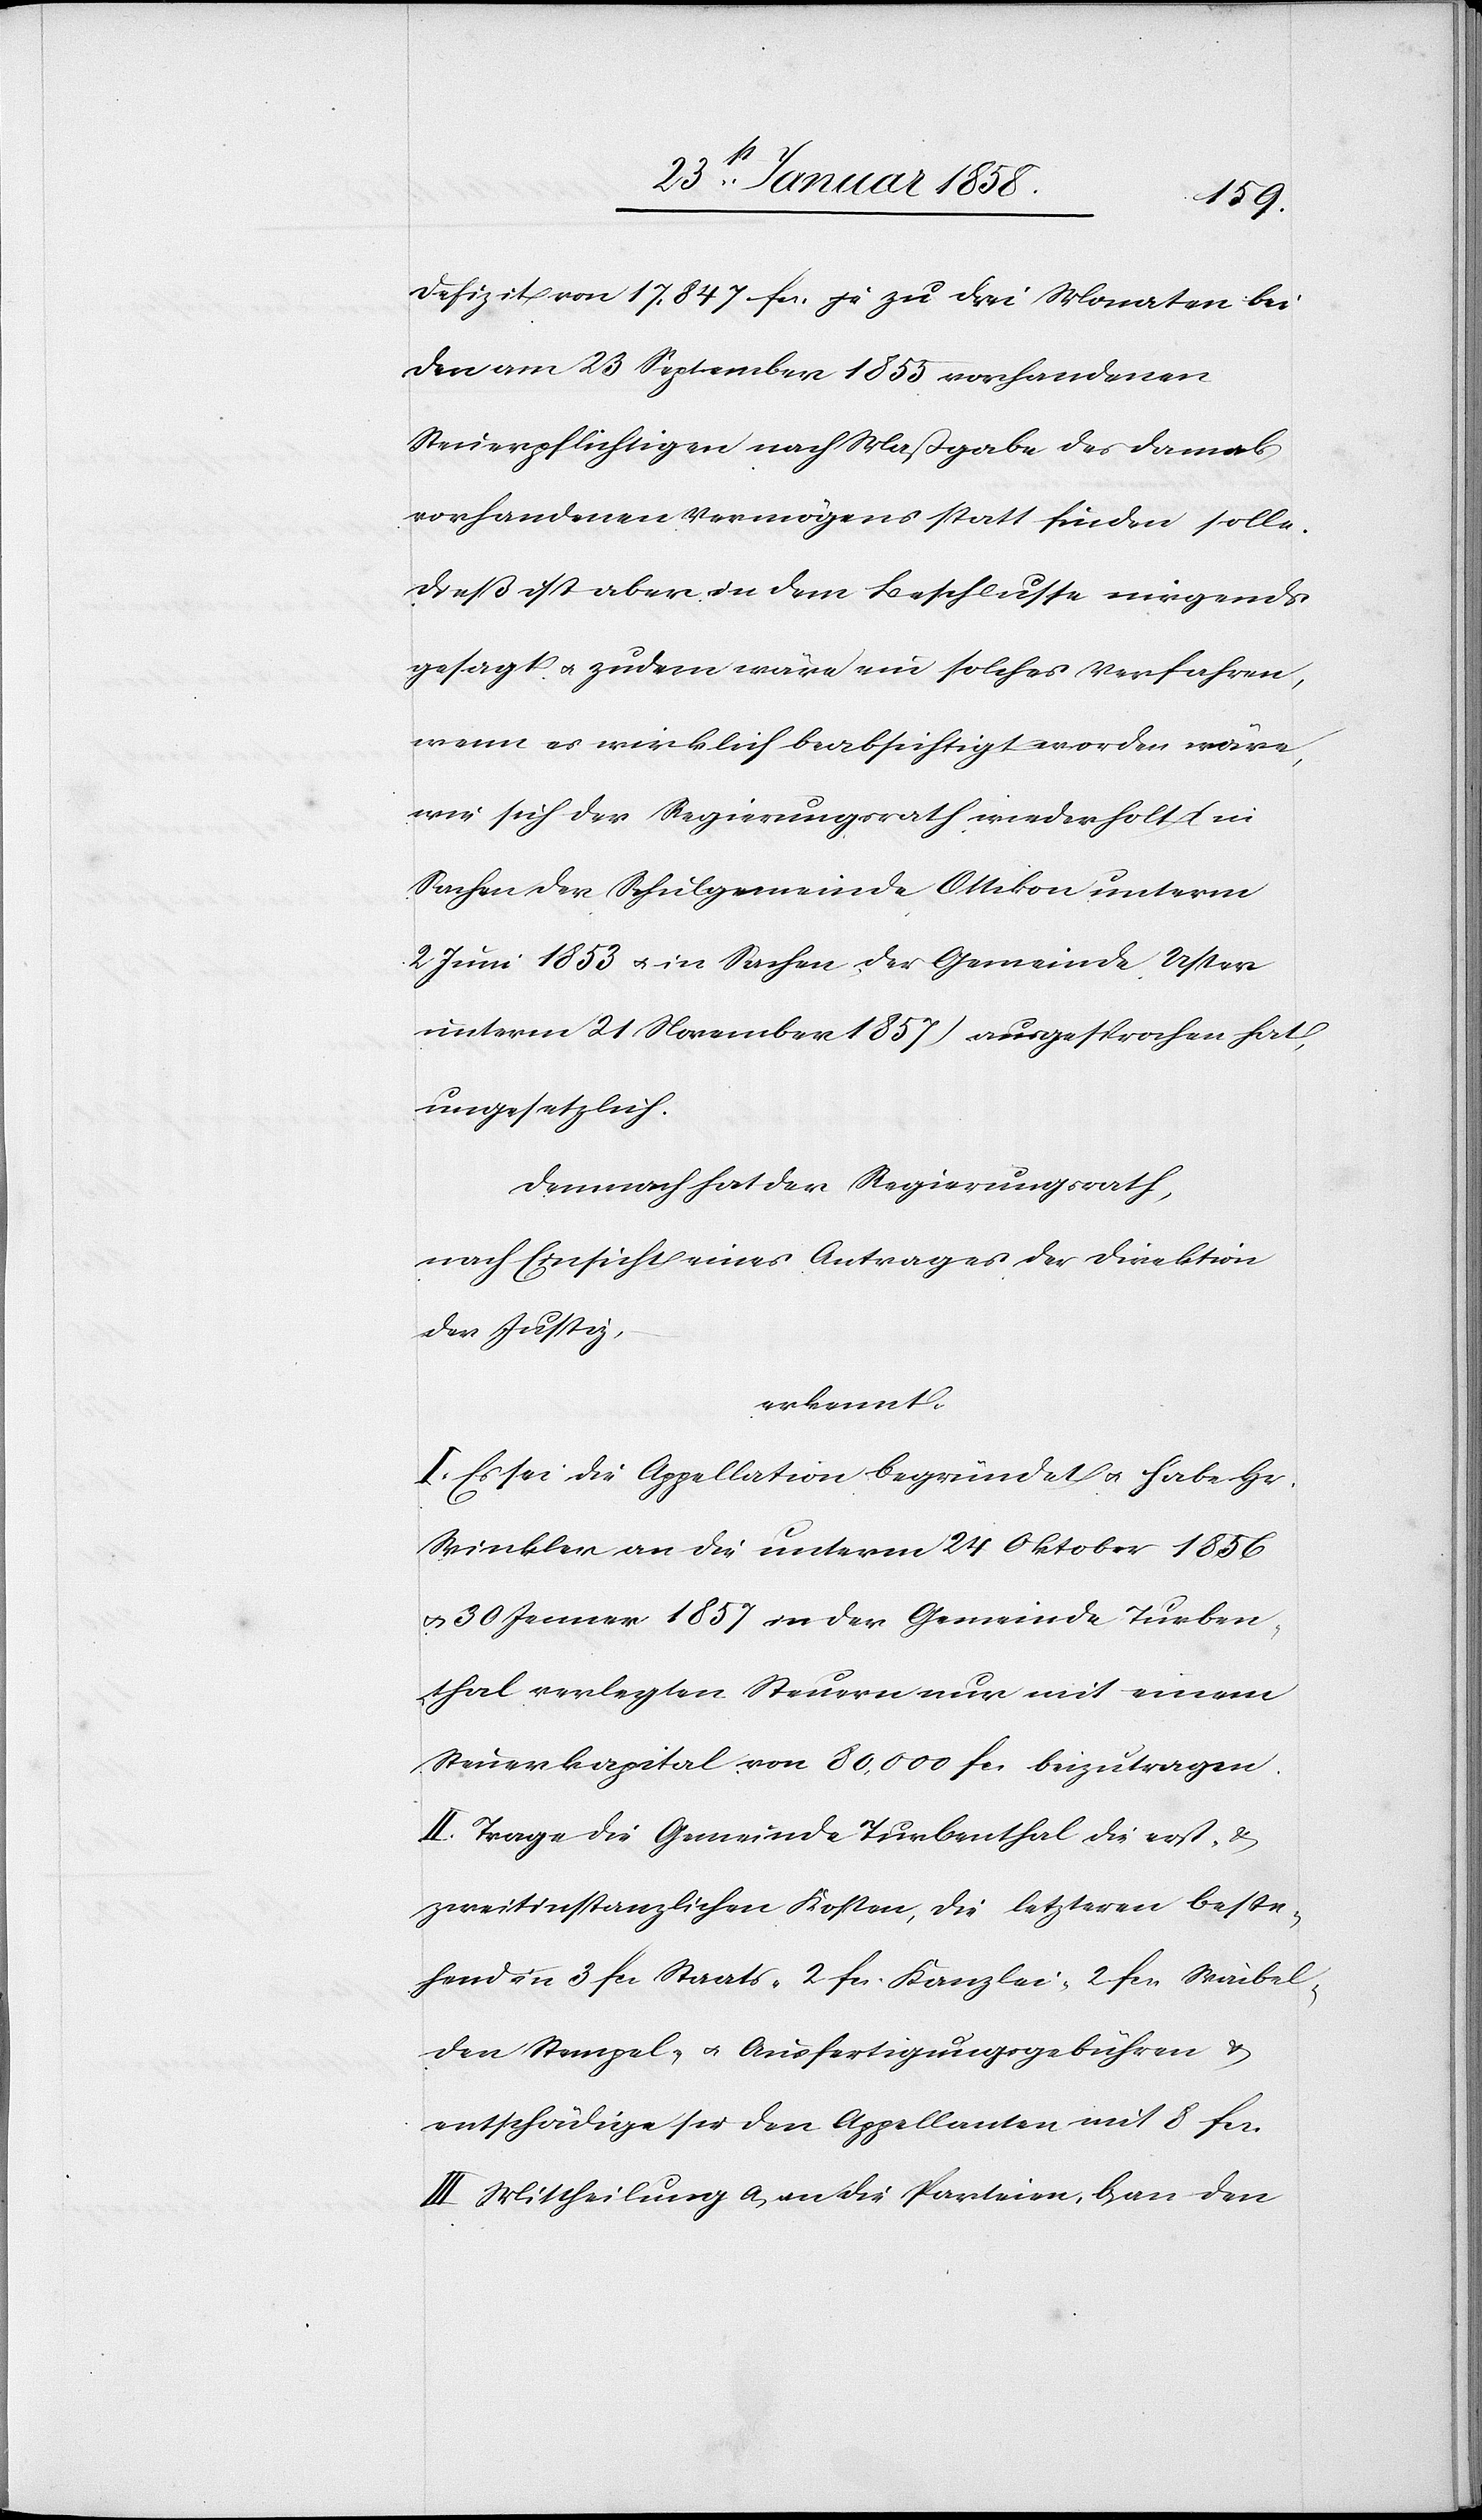
Defizit von 17,847 fcs. je zu drei Monaten bei
den am 23 September 1855 vorhandenen
Steuerpflichtigen nach Maßgabe des damals
vorhandenen Vermögens statt finden solle.
Dieß ist aber in dem Beschlusse nirgends
gesagt u. zudem wäre ein solches Verfahren,
wenn es wirklich beabsichtigt worden wäre,
wie sich der Regierungsrath wiederholt (in
Sachen der Schulgemeinde Ottikon unterm
2 Juni 1853 u. in Sachen der Gemeinde Uster
unterm 21 November 1857) ausgesprochen hat,
ungesetzlich.
Demnach hat der Regierungsrath,
nach Einsicht eines Antrages der Direktion
der Justiz,
erkennt:
I. Es sei die Appellation begründet u. habe Hr.
Winkler an die unterm 24 Oktober 1856
u. 30 Jenner 1857 in der Gemeinde Turben¬
thal verlegten Steuern nur mit einem
Steuerkapital von 80,000 fcs. beizutragen.
II. Trage die Gemeinde Turbenthal die erst- u.
zweitinstanzlichen Kosten, die letzteren beste¬
hend in 3 fcs Staats-[,] 2 fcs. Kanzlei-[,] 2 fcs. Waibel[-],
den Stempel- u. Ausfertigungsgebühren u.
entschädige sie den Appellanten mit 8 fcs.
III. Mittheilung a. an die Parteien, b. an den